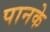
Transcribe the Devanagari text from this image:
पानके